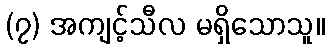
(၇) အကျင့်သီလ မရှိသောသူ။